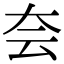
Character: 夽